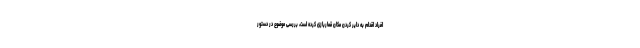
افراد اقدام به دایر کردن مکان قماربازی کرده است، بررسی موضوع در دستور